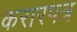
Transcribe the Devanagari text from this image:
करारपत्र